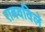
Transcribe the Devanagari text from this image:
राबवविले